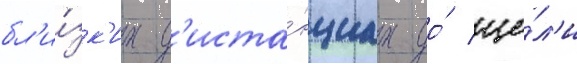
бл'и́зк'их д'иста́нциах до́ це́л'и